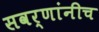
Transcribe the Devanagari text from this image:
सवर्णांनीच